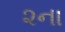
૨ના